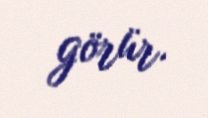
görür.